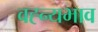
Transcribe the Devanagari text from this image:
वह्न्यभाव